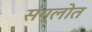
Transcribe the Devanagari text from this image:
संग्लोत